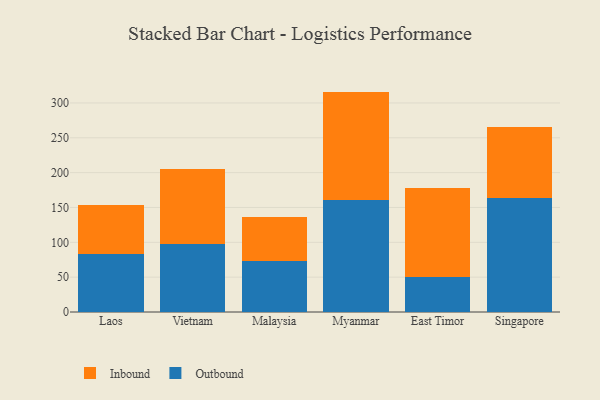
{"axis": {"x": "Country", "y": "Latency (ms)"}, "legend": ["Inbound", "Outbound"], "data": [{"x": "Laos", "y": 82.8, "type": "Outbound"}, {"x": "Laos", "y": 70.9, "type": "Inbound"}, {"x": "Vietnam", "y": 97.0, "type": "Outbound"}, {"x": "Vietnam", "y": 107.7, "type": "Inbound"}, {"x": "Malaysia", "y": 73.9, "type": "Outbound"}, {"x": "Malaysia", "y": 62.9, "type": "Inbound"}, {"x": "Myanmar", "y": 160.5, "type": "Outbound"}, {"x": "Myanmar", "y": 155.8, "type": "Inbound"}, {"x": "East Timor", "y": 49.6, "type": "Outbound"}, {"x": "East Timor", "y": 128.3, "type": "Inbound"}, {"x": "Singapore", "y": 163.4, "type": "Outbound"}, {"x": "Singapore", "y": 101.4, "type": "Inbound"}]}